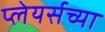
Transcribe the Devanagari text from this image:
प्लेयर्सच्या